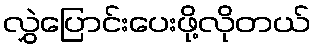
လွှဲပြောင်းပေးဖို့လိုတယ်